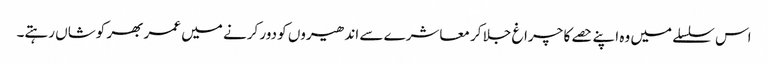
اس سلسلے میں وہ اپنے حصے کا چراغ جلا کر معاشرے سے اندھیروں کو دور کرنے میں عمر بھر کوشاں رہتے۔